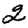
Digit: 2